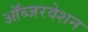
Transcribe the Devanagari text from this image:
ऑब्जरवेशन